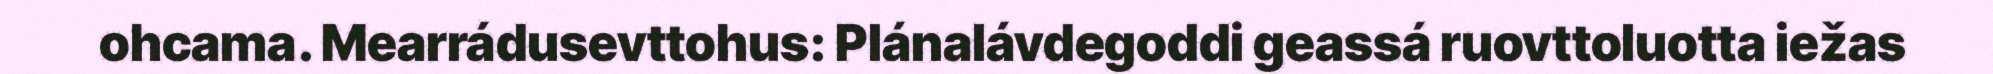
ohcama. Mearrádusevttohus: Plánalávdegoddi geassá ruovttoluotta iežas